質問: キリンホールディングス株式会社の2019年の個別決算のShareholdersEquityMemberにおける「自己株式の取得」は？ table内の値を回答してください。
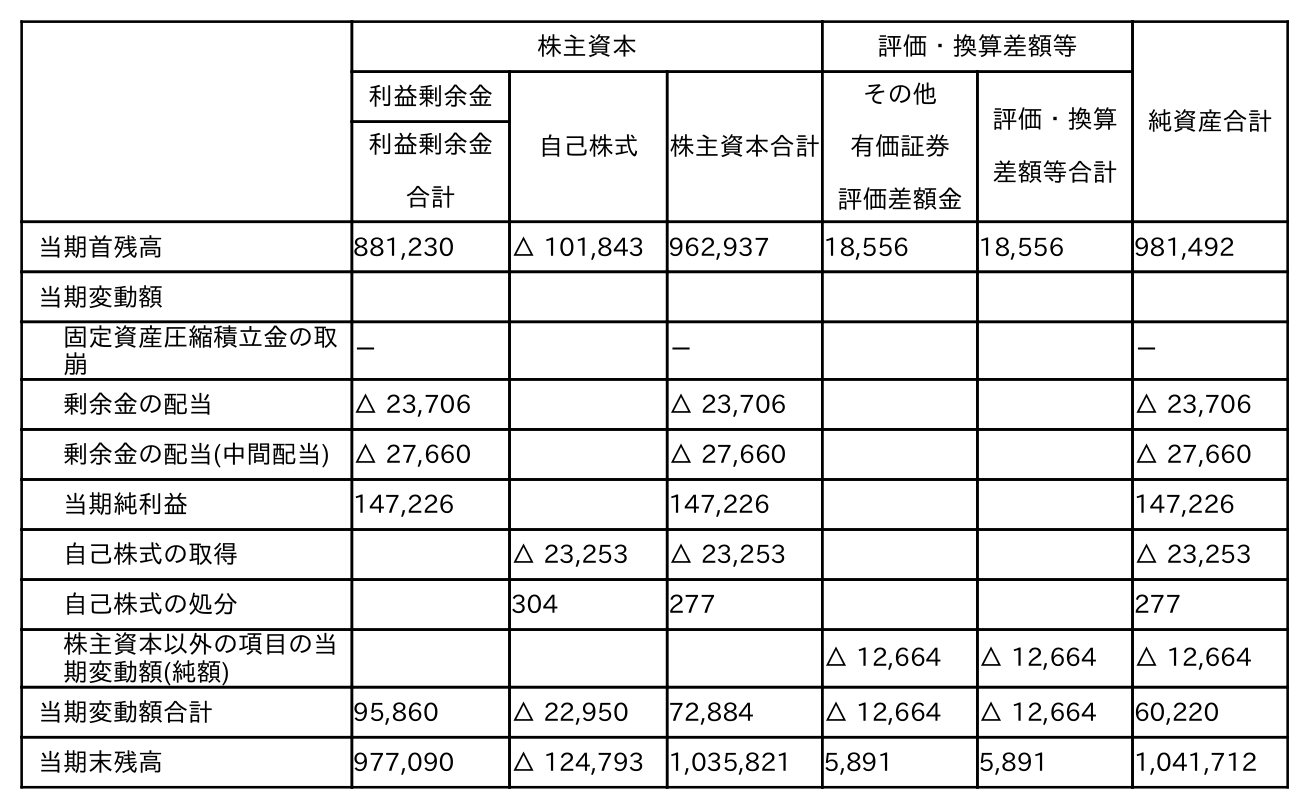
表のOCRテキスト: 株主資本 評価・換算差額等 純資産合計 利益剰余金 自己株式 株主資本合計 その他 有価証券 評価差額金 評価・換算 差額等合計 利益剰余金 合計 当期首残高 881,230 △ 101,843 962,937 18,556 18,556 981,492 当期変動額 固定資産圧縮積立金の取 崩 － － － 剰余金の配当 △ 23,706 △ 23,706 △ 23,706 剰余金の配当(中間配当) △ 27,660 △ 27,660 △ 27,660 当期純利益 147,226 147,226 147,226 自己株式の取得 △ 23,253 △ 23,253 △ 23,253 自己株式の処分 304 277 277 株主資本以外の項目の当 期変動額(純額) △ 12,664 △ 12,664 △ 12,664 当期変動額合計 95,860 △ 22,950 72,884 △ 12,664 △ 12,664 60,220 当期末残高 977,090 △ 124,793 1,035,821 5,891 5,891 1,041,712
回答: △23,253